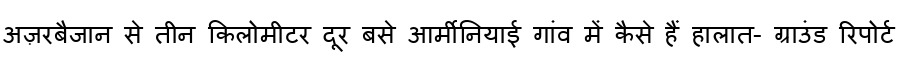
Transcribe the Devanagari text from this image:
अज़रबैजान से तीन किलोमीटर दूर बसे आर्मीनियाई गांव में कैसे हैं हालात- ग्राउंड रिपोर्ट